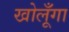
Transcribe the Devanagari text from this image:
खोलूँगा